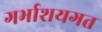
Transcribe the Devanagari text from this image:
गर्भाशयगत